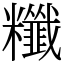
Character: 䊱